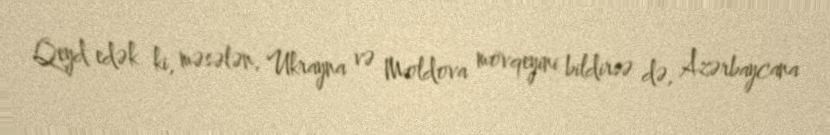
Qeyd edək ki, məsələn, Ukrayna və Moldova mövqeyini bildirsə də, Azərbaycana